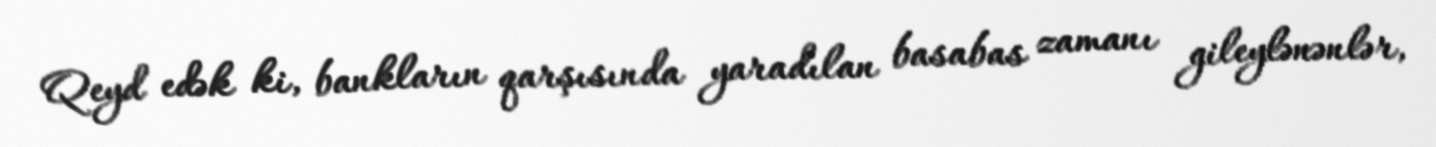
Qeyd edək ki, bankların qarşısında yaradılan basabas zamanı gileylənənlər,